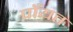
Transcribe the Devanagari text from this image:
पाँयत